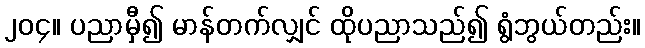
၂၀၄။ ပညာမှီ၍ မာန်တက်လျှင် ထိုပညာသည်၍ ရွံဘွယ်တည်း။